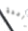
واحدة